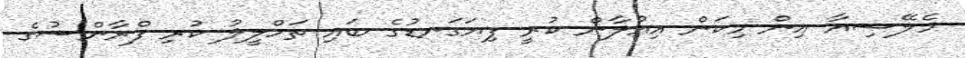
މެލޭޝިއާ އިން މިކަން އިއުލާން ކުރީ ފިޔަގަނޑުގެ ބައި ތަހްލީލު ކުރި ފްރާންސުގެ